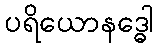
ပရိယောနဒ္ဓေါ